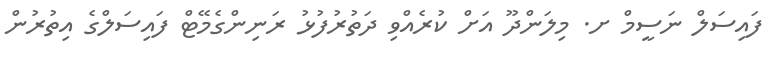
ފައިސަލް ނަސީމް ށ. މިލަންދޫ އަށް ކުރެއްވި ދަތުރުފުޅު ރަނިންގެމޭޓް ފައިސަލްގެ އިތުރުން